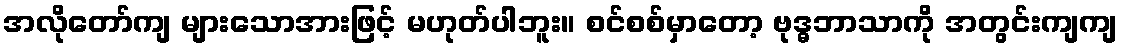
အလိုတော်ကျ များသောအားဖြင့် မဟုတ်ပါဘူး။ စင်စစ်မှာတော့ ဗုဒ္ဓဘာသာကို အတွင်းကျကျ